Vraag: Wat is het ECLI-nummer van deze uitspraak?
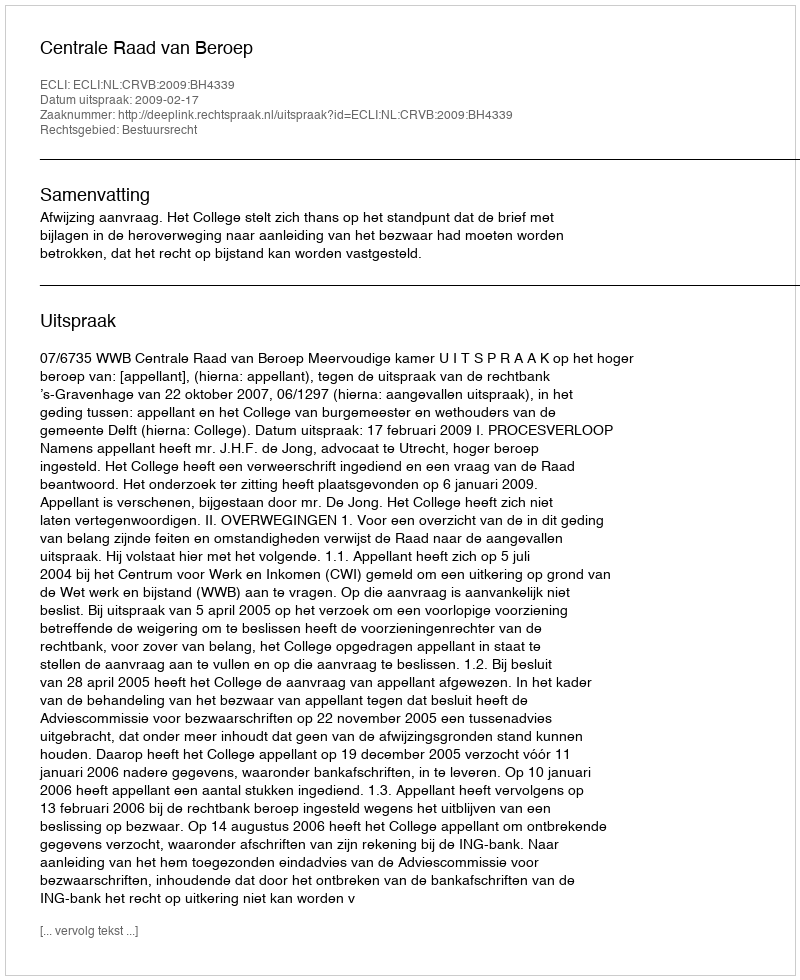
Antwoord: ECLI:NL:CRVB:2009:BH4339